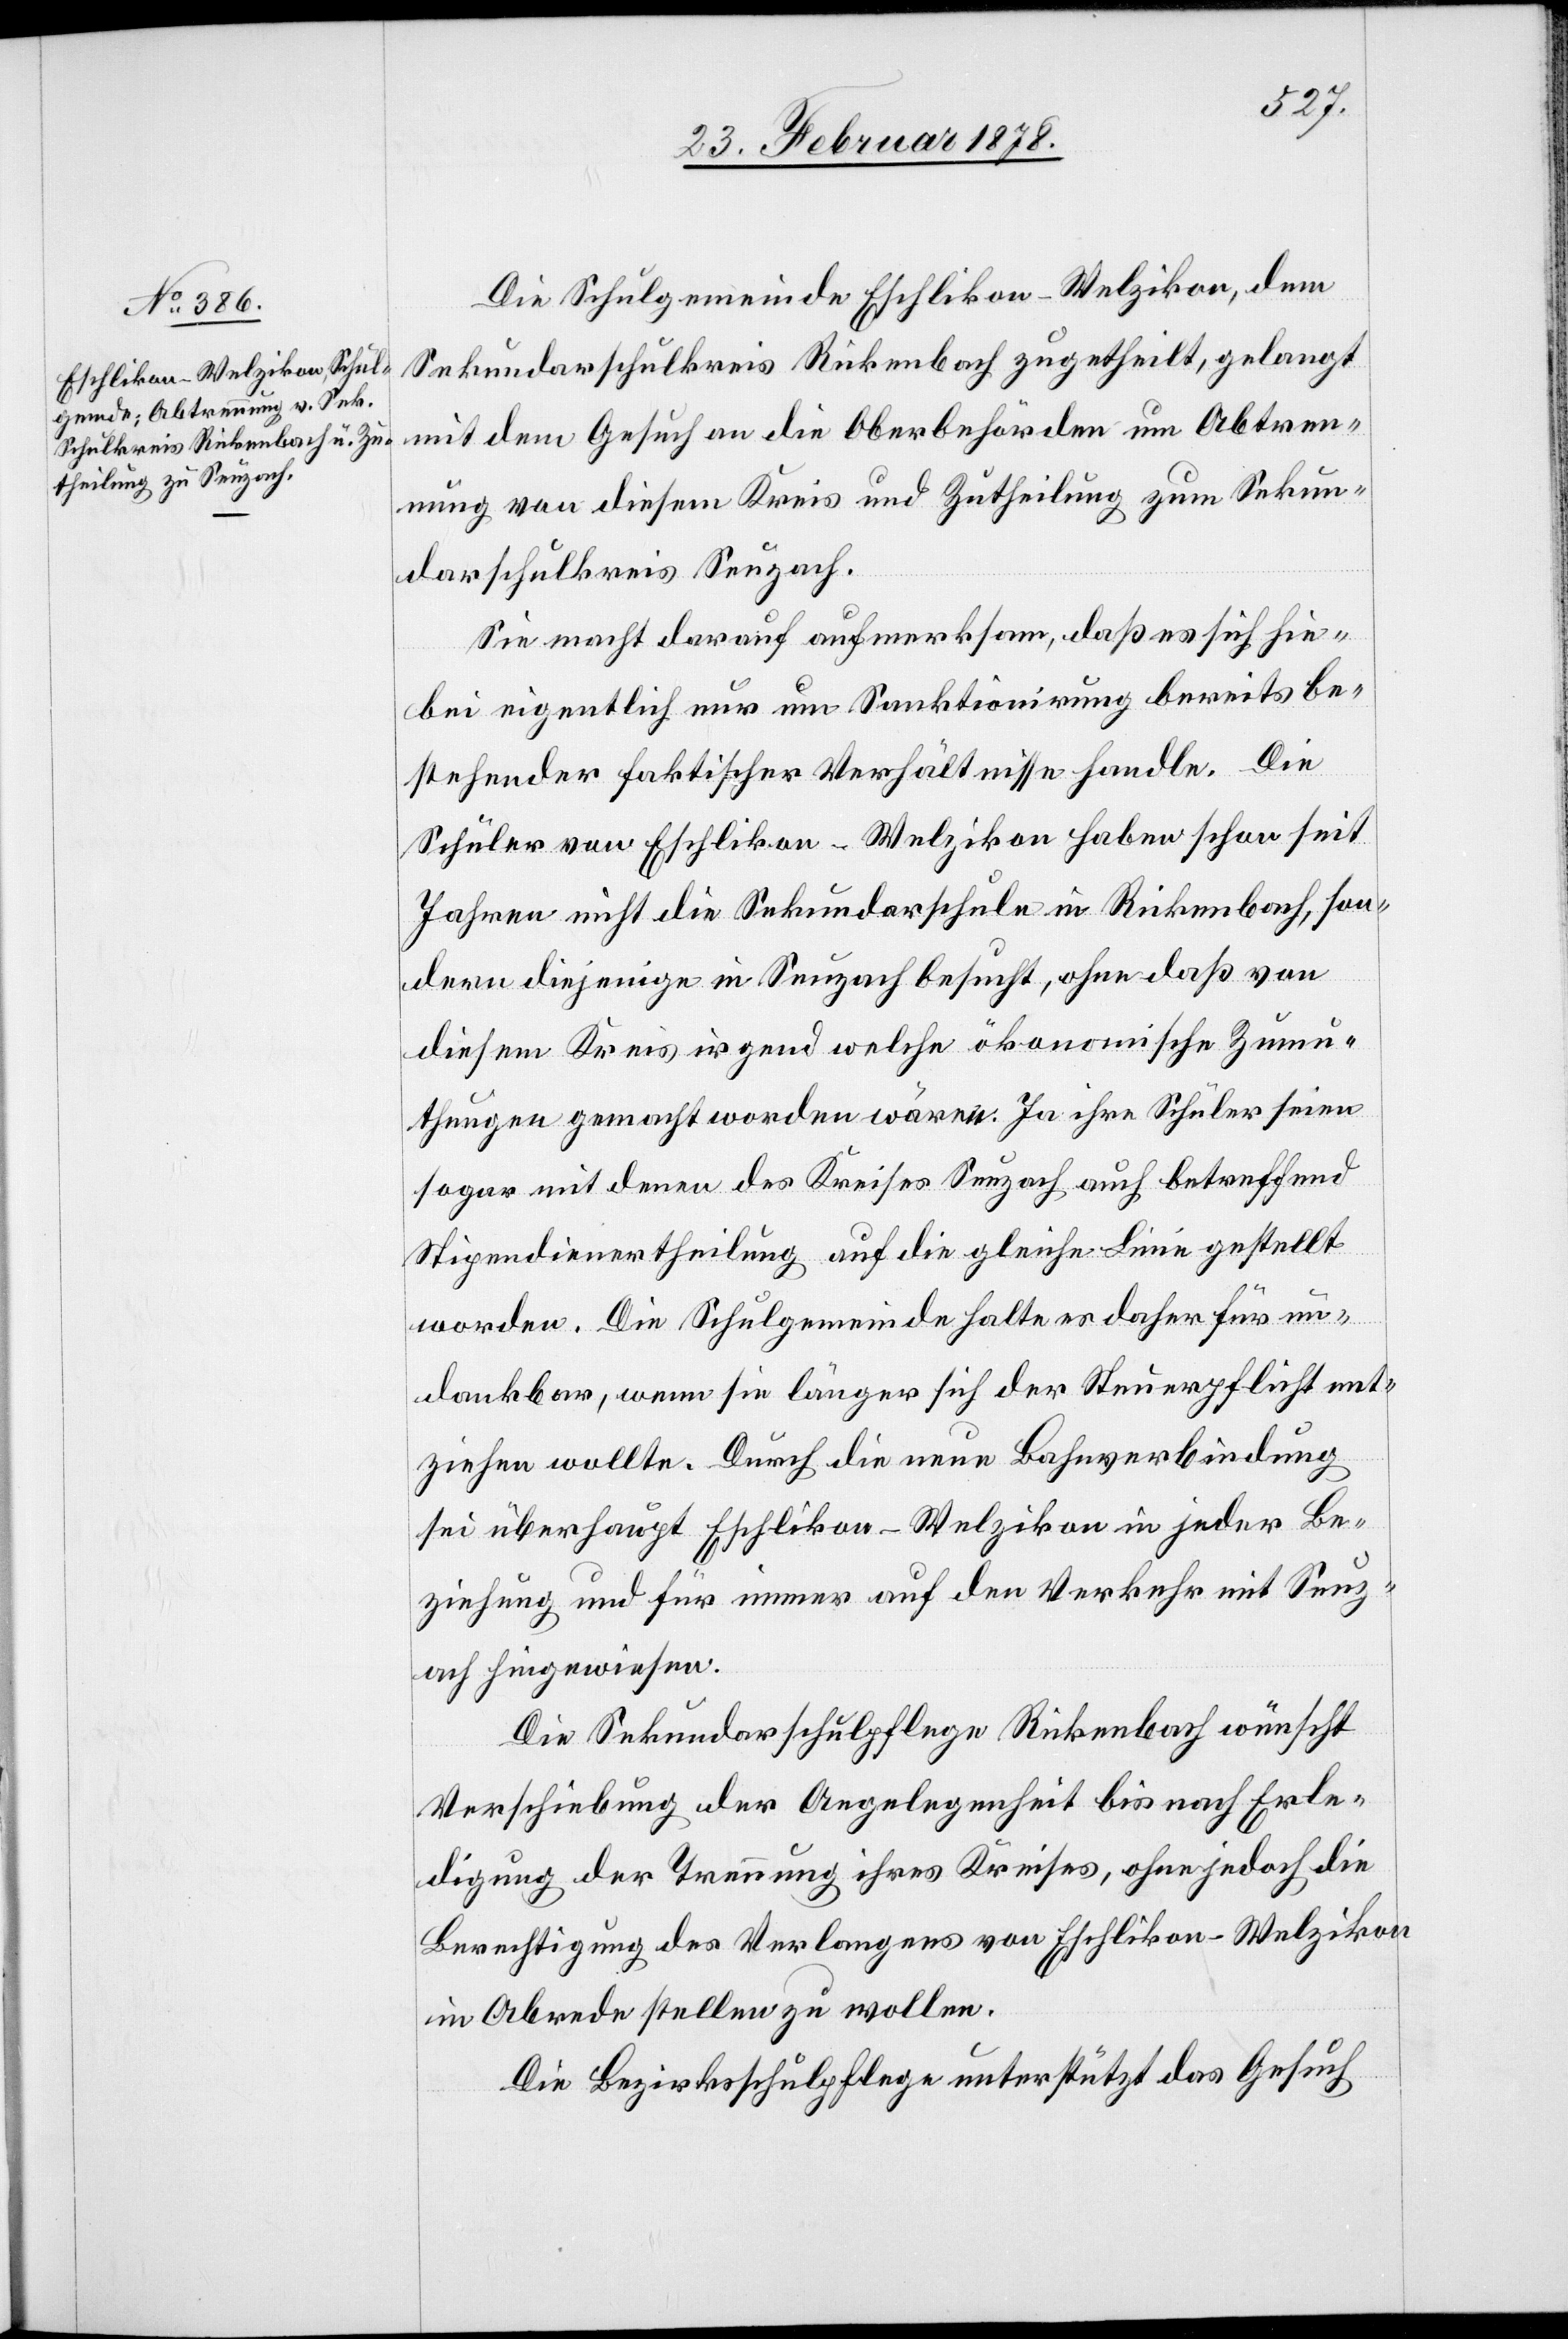
Die Schulgemeinde Eschlikon-Welzikon, dem
Sekundarschulkreis Rickenbach zugetheilt, gelangt
mit dem Gesuch an die Oberbehörden um Abtren¬
nung von diesem Kreis und Zutheilung zum Sekun¬
darschulkreis Seuzach.
Sie macht darauf aufmerksam, daß es sich hie¬
bei eigentlich nur um Sanktionirung bereits be¬
stehender faktischer Verhältnisse handle. Die
Schüler von Eschlikon - Welzikon haben schon seit
Jahren nicht die Sekundarschule in Rickenbach, son¬
dern diejenige in Seuzach besucht, ohne daß von
diesem Kreis irgend welche ökonomische Zumu¬
thungen gemacht worden wären. Ja ihre Schüler seie¬
n mit denen des Kreises Seuzach auch betreffend
Stipendientheilung auf die gleiche Linie gestellt
worden. Die Schulgemeinde halte es daher für un¬
denkbar, wenn sie länger sich der Steuerpflicht ent¬
ziehen wollte. Durch die neue Bahnverbindung
sei überhaupt Eschlikon-Welzikon in jeder Be¬
ziehung und für immer auf den Verkehr mit Seuz¬
ach hingewiesen.
Die Sekundarschulpflege Rickenbach wünscht
Verschiebung der Angelegenheit bis nach Erle¬
digung der Trennung ihres Kreises, ohne jedoch die
Berechtigung des Verlangens von Eschlikon - Welzikon
in Abrede stellen zu wollen.
Die Bezirksschulpflege unterstützt das Gesuch